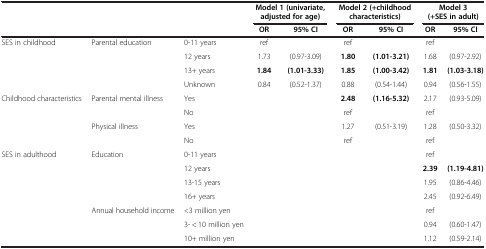
|  |  |  | <COLSPAN=2> Model 1 (univariate, adjusted for age) | <COLSPAN=2> Model 2 (+childhood characteristics) | <COLSPAN=2> Model 3 (+SES in adult) |
 |  |  |  | OR | 95% CI | OR | 95% CI | OR | 95% CI |
 | --- | --- | --- | --- | --- | --- | --- | --- | --- |
 | SES in childhood | Parental education | 0-11 years | ref |  | ref |  | ref |  |
 |  |  | 12 years | 1.73 | (0.97-3.09) | 1.80 | (1.01-3.21) | 1.68 | (0.97-2.92) |
 |  |  | 13+ years | 1.84 | (1.01-3.33) | 1.85 | (1.00-3.42) | 1.81 | (1.03-3.18) |
 |  |  | Unknown | 0.84 | (0.52-1.37) | 0.88 | (0.54-1.44) | 0.94 | (0.56-1.55) |
 | Childhood characteristics | Parental mental illness | Yes |  |  | 2.48 | (1.16-5.32) | 2.17 | (0.93-5.09) |
 |  |  | No |  |  | ref |  | ref |  |
 |  | Physical illness | Yes |  |  | 1.27 | (0.51-3.19) | 1.28 | (0.50-3.32) |
 |  |  | No |  |  | ref |  | ref |  |
 | SES in adulthood | Education | 0-11 years |  |  |  |  | ref |  |
 |  |  | 12 years |  |  |  |  | 2.39 | (1.19-4.81) |
 |  |  | 13-15 years |  |  |  |  | 1.95 | (0.86-4.46) |
 |  |  | 16+ years |  |  |  |  | 2.45 | (0.92-6.49) |
 |  | Annual household income | <3 million yen |  |  |  |  | ref |  |
 |  |  | 3- < 10 million yen |  |  |  |  | 0.94 | (0.60-1.47) |
 |  |  | 10+ million yen |  |  |  |  | 1.12 | (0.59-2.14) |